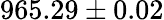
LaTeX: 965.29\pm 0.02